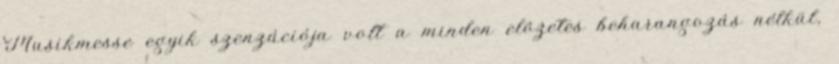
Musikmesse egyik szenzációja volt a minden elôzetes beharangozás nélkül,